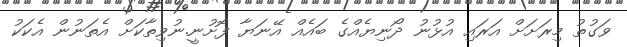
ވަގުތު މިރަށަށް އަރައި އުޅުނު ދޯނިޔެއްގެ ބައެއް އޭނަޔާ ފޮށުނީ.ނުވިތާކަށް އެތަނުން އެކަކު